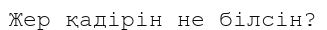
Жер қадірін не білсін?